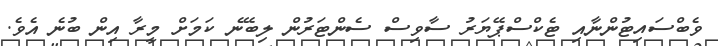
ވެބްސައިޓުންނާއި ޓެކްސްޕޭޔަރު ސާވިސް ސެންޓަރުން ލިބޭނެ ކަމަށް މީރާ އިން ބުނެ އެވެ.